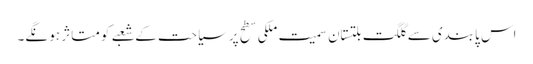
اس پابندی سے گلگت بلتستان سمیت ملکی سطح پرسیاحت کے شعبے کو متاثر ہو نگے۔